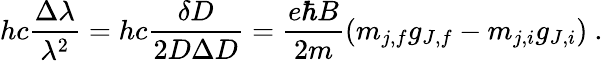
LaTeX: hc{\frac{\Delta\lambda}{\lambda^{2}}}=hc{\frac{\delta D}{2D\Delta D}}={\frac{e\hbar B}{2m}}(m_{j,f}g_{J,f}-m_{j,i}g_{J,i})\ .